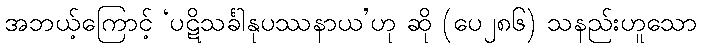
အဘယ့်ကြောင့် ‘ပဋိသင်္ခါနုပဿနာယ’ဟု ဆို (ပေ၂၈၆) သနည်းဟူသော